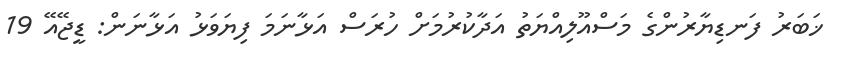
ޚަބަރު ފަނޑިޔާރުންގެ މަސްއޫލިއްޔަތު އަދާކުރުމަށް ހުރަސް އަޅާނަމަ ފިޔަވަޅު އަޅާނަން: ޑީޖޭއޭ 19